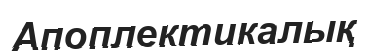
Апоплектикалық